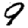
Digit: 9